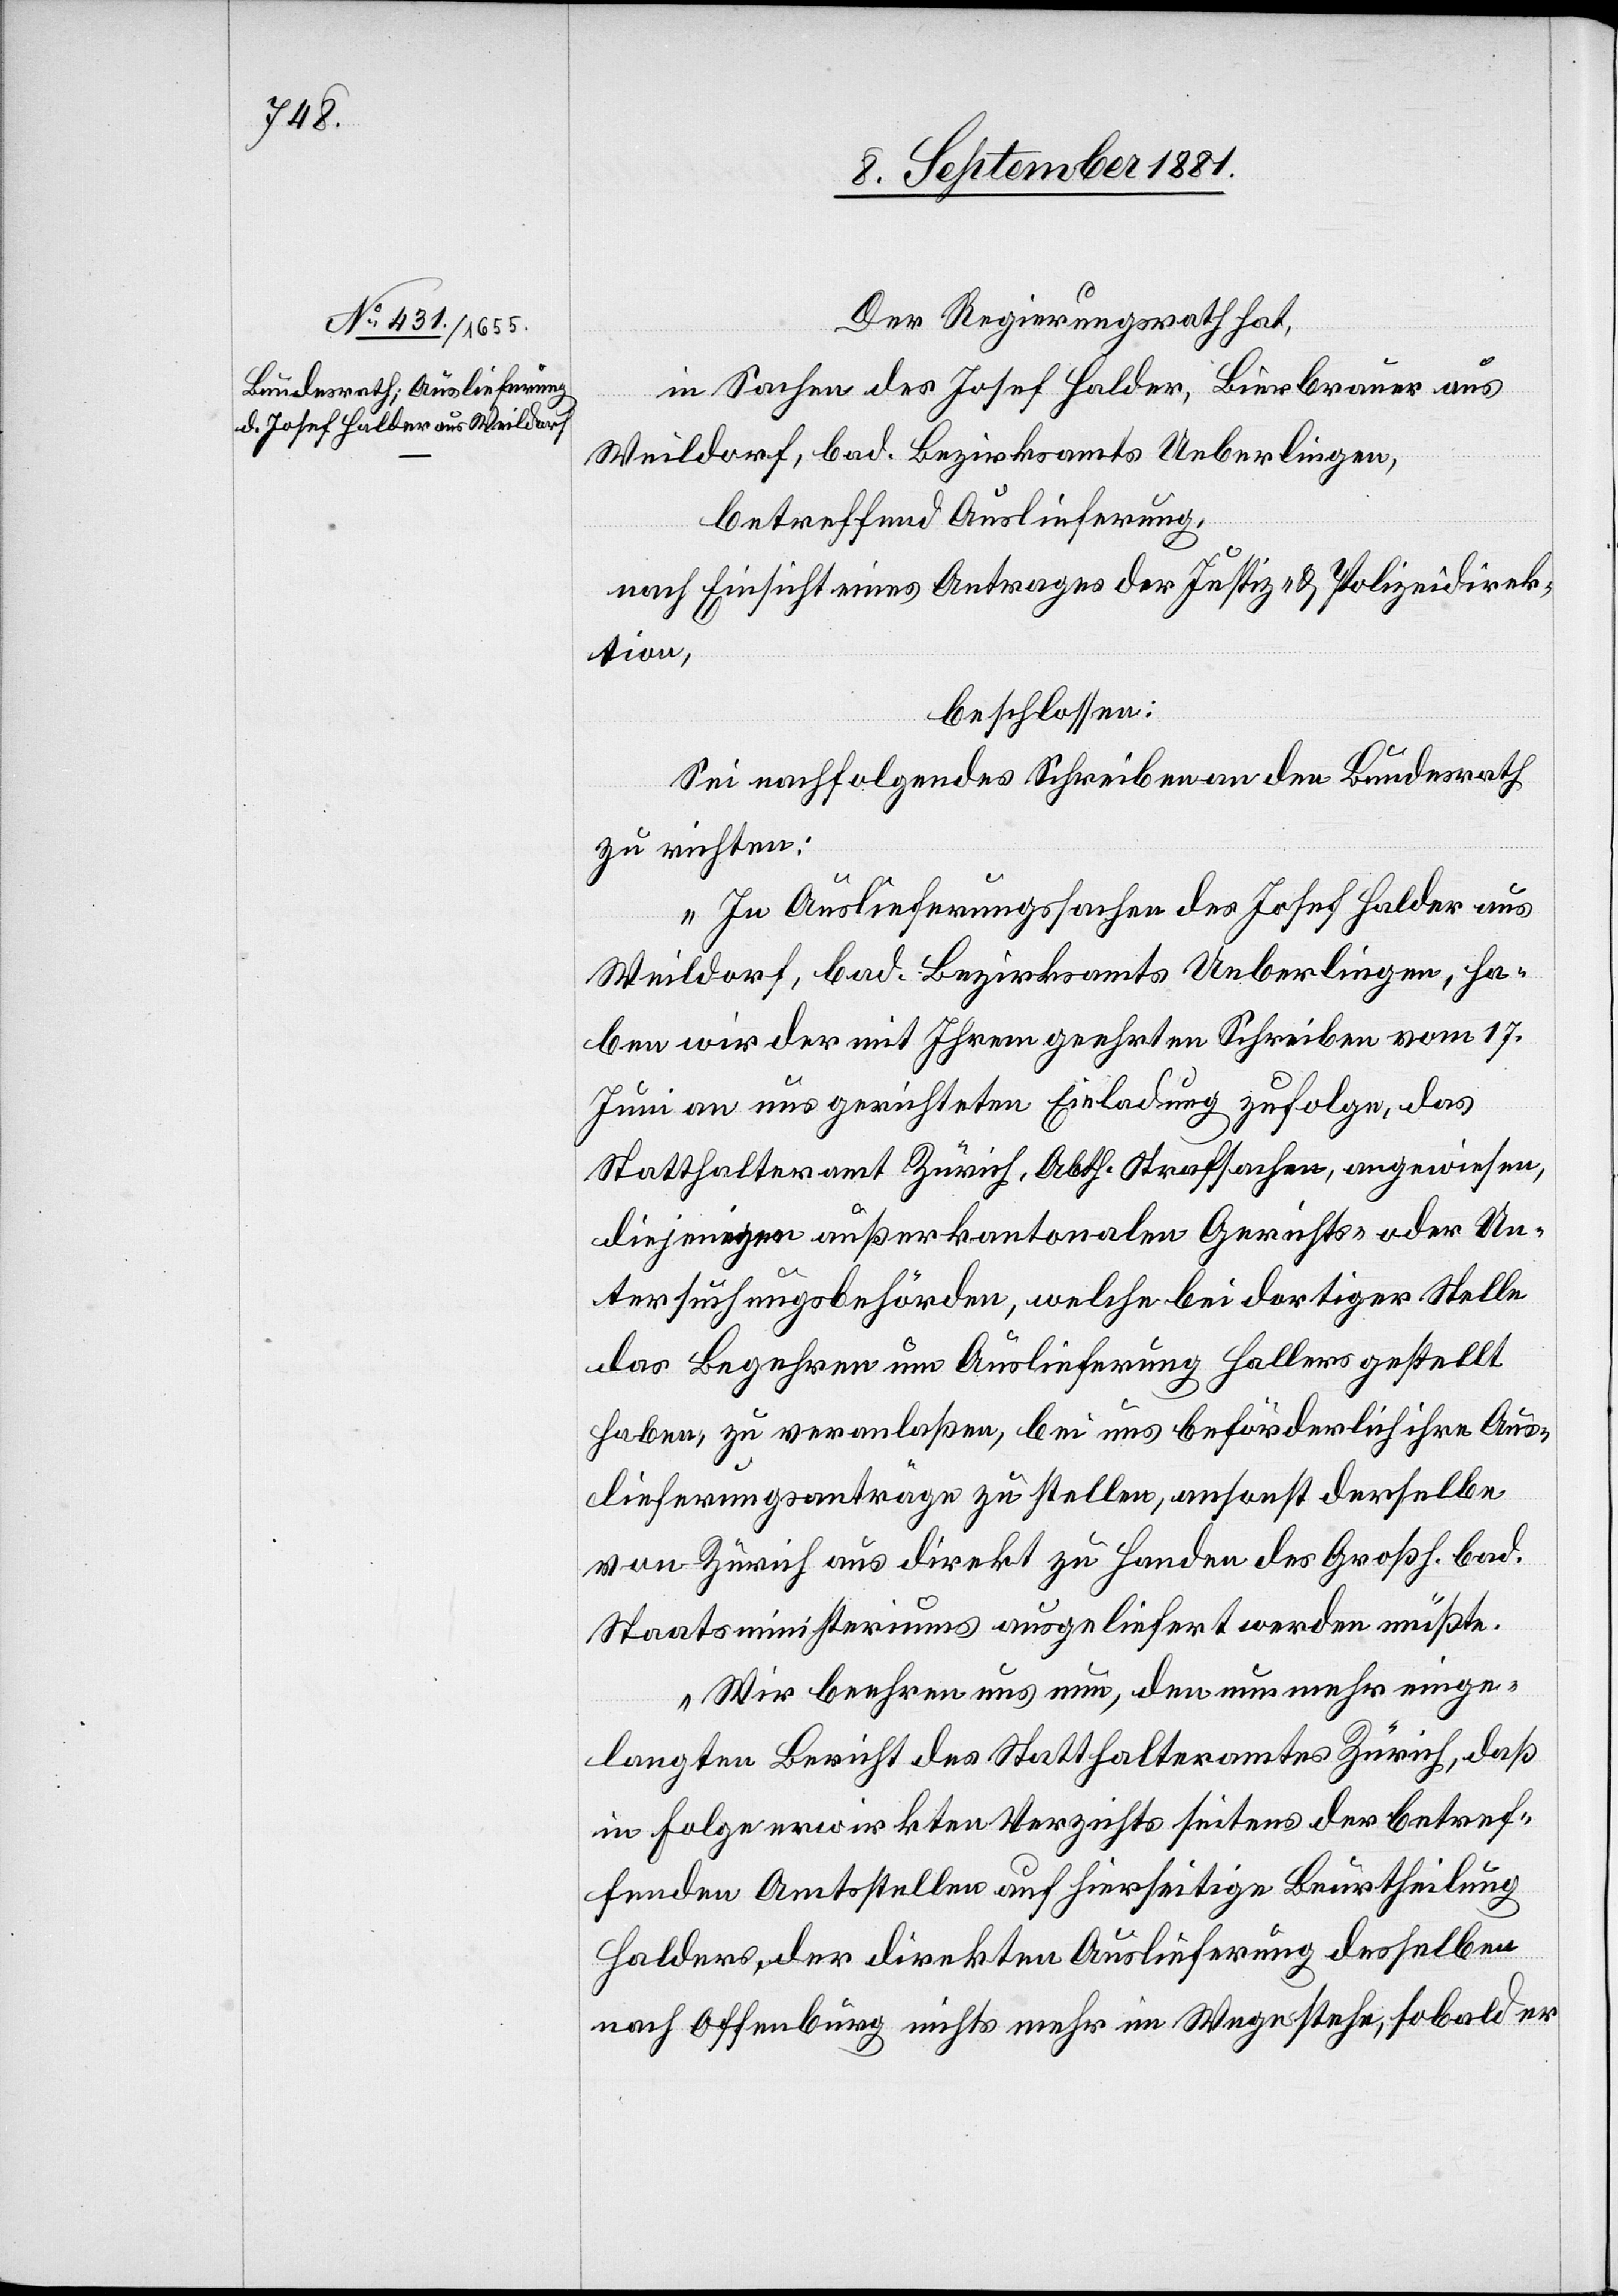
Der Regierungsrath hat,
in Sachen des Josef Halder, Bierbrauer aus
Weildorf, bad. Bezirksamts Ueberlingen,
betreffend Auslieferung,
nach Einsicht eines Antrages der Justiz- & Polizeidirek¬
tion,
beschlossen:
Sei nachfolgendes Schreiben an den Bundesrath
zu richten:
„In Auslieferungssachen des Josef Halder aus
Weildorf, bad. Bezirksamts Ueberlingen, ha¬
ben wir der mit Ihrem geehrten Schreiben vom 17.
Juni an uns gerichteten Einladung zufolge, das
Statthalteramt Zürich, Abth. Strafsachen, angewiesen,
diejenigen außerkantonalen Gerichts- oder Un¬
tersuchungsbehörden, welche bei dortiger Stelle
das Begehren um Auslieferung Hallers [sic!] gestellt
haben, zu veranlaßen, bei uns beförderlich ihre Aus¬
lieferungsanträge zu stellen, ansonst derselbe
von Zürich aus direkt zu Handen des Großh. bad.
Staatsministeriums ausgeliefert werden müßte.
Wir beehren uns nun, den nun mehr einge¬
langten Bericht des Statthalteramtes Zürich, daß
in Folge erwirkten Verzichts seitens der betref¬
fenden Amtsstellen auf hierseitige Beurtheilung
Halders, der direkten Auslieferung desselben
nach Offenburg nichts mehr im Wege stehe, sobald er